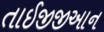
તાઈજીજીઆન